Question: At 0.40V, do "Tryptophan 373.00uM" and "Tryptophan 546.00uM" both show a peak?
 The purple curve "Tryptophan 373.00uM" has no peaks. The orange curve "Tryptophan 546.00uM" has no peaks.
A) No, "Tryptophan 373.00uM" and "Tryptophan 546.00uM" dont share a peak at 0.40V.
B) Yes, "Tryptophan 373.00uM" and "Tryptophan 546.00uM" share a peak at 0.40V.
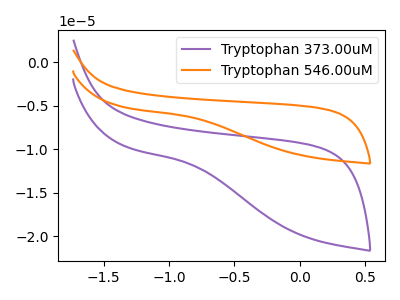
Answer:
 <answer>A) No, "Tryptophan 373.00uM" and "Tryptophan 546.00uM" dont share a peak at 0.40V.</answer>
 <eval>A</eval>